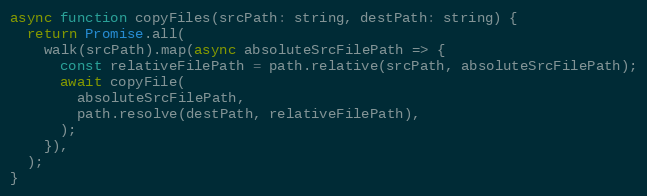
Language: JavaScript
async function copyFiles(srcPath: string, destPath: string) {
  return Promise.all(
    walk(srcPath).map(async absoluteSrcFilePath => {
      const relativeFilePath = path.relative(srcPath, absoluteSrcFilePath);
      await copyFile(
        absoluteSrcFilePath,
        path.resolve(destPath, relativeFilePath),
      );
    }),
  );
}